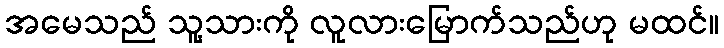
အမေသည် သူ့သားကို လူလားမြောက်သည်ဟု မထင်။